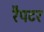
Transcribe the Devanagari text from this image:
रैपटर